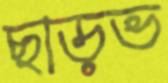
ছাড়ভ